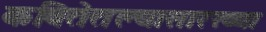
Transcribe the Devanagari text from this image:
कवितेतल्यासारख्या